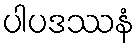
ပါပဒဿနံ